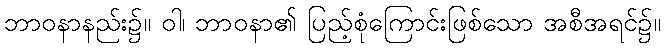
ဘာဝနာနည်း၌။ ဝါ၊ ဘာဝနာ၏ ပြည့်စုံကြောင်းဖြစ်သော အစီအရင်၌။